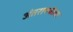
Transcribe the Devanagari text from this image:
अंतरापर्यंतचा